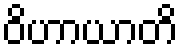
ဝိဟာယာတိ